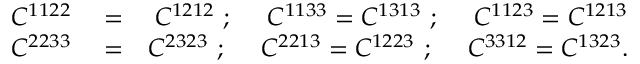
\begin{array} { r l r } { C ^ { 1 1 2 2 } } & { { } = } & { C ^ { 1 2 1 2 } \ ; \ \quad C ^ { 1 1 3 3 } = C ^ { 1 3 1 3 } \ ; \ \quad C ^ { 1 1 2 3 } = C ^ { 1 2 1 3 } } \\ { C ^ { 2 2 3 3 } } & { { } = } & { C ^ { 2 3 2 3 } \ ; \ \quad C ^ { 2 2 1 3 } = C ^ { 1 2 2 3 } \ ; \ \quad C ^ { 3 3 1 2 } = C ^ { 1 3 2 3 } . } \end{array}